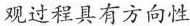
观过程具有方向性